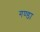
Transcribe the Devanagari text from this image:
गण्डा